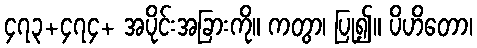
၄၇၃+၄၇၄+ အပိုင်းအခြားကို။ ကတွာ၊ ပြု၍။ ပိဟိတော၊